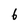
Character: 6